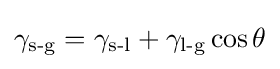
\gamma _{\text{s-g}}=\gamma _{\text{s-l}}+\gamma _{\text{l-g}}\cos \theta